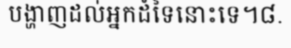
បង្ហាញដល់អ្នកដំទៃនោះទេ។៨.